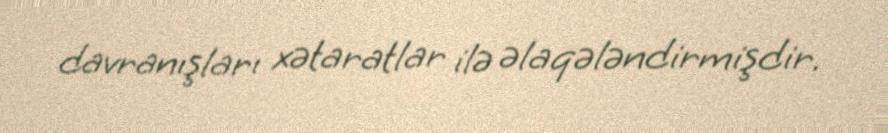
davranışları xətaratlar ilə əlaqələndirmişdir.